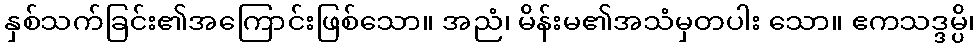
နှစ်သက်ခြင်း၏အကြောင်းဖြစ်သော။ အညံ၊ မိန်းမ၏အသံမှတပါး သော။ ဧကသဒ္ဒမ္ပိ၊